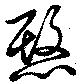
愍